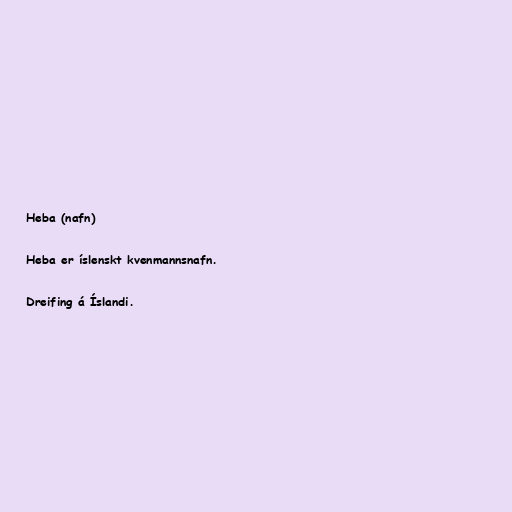
Heba (nafn)

Heba er íslenskt kvenmannsnafn.

Dreifing á Íslandi.